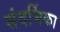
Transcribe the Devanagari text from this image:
संदर्भिका